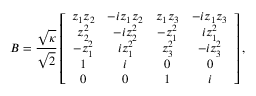
B = \frac { \sqrt { \kappa } } { \sqrt { 2 } } \left[ \begin{array} { c c c c } { z _ { 1 } z _ { 2 } } & { - i z _ { 1 } z _ { 2 } } & { z _ { 1 } z _ { 3 } } & { - i z _ { 1 } z _ { 3 } } \\ { z _ { 2 } ^ { 2 } } & { - i z _ { 2 } ^ { 2 } } & { - z _ { 1 } ^ { 2 } } & { i z _ { 1 } ^ { 2 } } \\ { - z _ { 1 } ^ { 2 } } & { i z _ { 1 } ^ { 2 } } & { z _ { 3 } ^ { 2 } } & { - i z _ { 3 } ^ { 2 } } \\ { 1 } & { i } & { 0 } & { 0 } \\ { 0 } & { 0 } & { 1 } & { i } \end{array} \right] ,